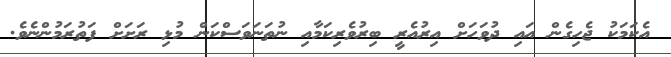
އެކަމަކު ޖެހިގެން އައި ދުވަހަށް އިރުއެރީ ބިރުވެރިކަމާއި ނުތަނަވަސްކަން މުޅި ރަށަށް ފަތުރަމުންނެވެ.